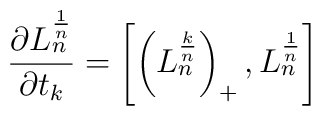
{\partial L_{n}^{1\over n}\over \partial t_{k}} = \left[\left(L_{n}^{k\over n}\right)_{+} , L_{n}^{1\over n} \right]